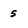
Character: 5